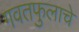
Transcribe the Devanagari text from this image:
गवतफुलाचे